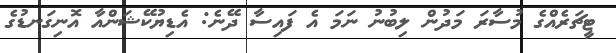
ޓީޗަރެއްގެ މުސާރަ މަދުން ލިބުނު ނަމަ އެ ފައިސާ ދޭނެ: އެޑިޔުކޭޝަންއާ އޮނިގަނޑުގެ